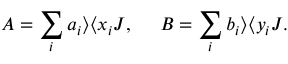
A = \sum _ { i } a _ { i } \rangle \langle x _ { i } J , \ \ \ \ B = \sum _ { i } b _ { i } \rangle \langle y _ { i } J .